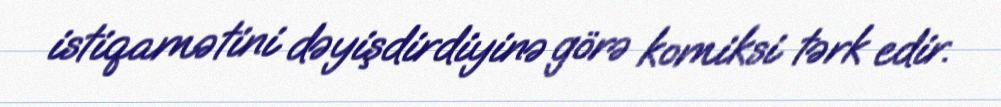
istiqamətini dəyişdirdiyinə görə komiksi tərk edir.